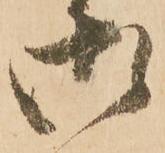
御